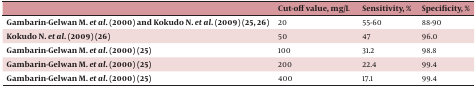
<table><thead><tr><td></td><td><b>Cut-off value, mg/L</b></td><td><b>Sensitivity, %</b></td><td><b>Specificity, %</b></td></tr></thead><tbody><tr><td><b>Gambarin-Gelwan M. <i>et al</i>. (2000) and Kokudo N. <i>et al.</i> (2009) (25, 26)</b></td><td>20</td><td>55-60</td><td>88-90</td></tr><tr><td><b>Kokudo N. <i>et al.</i> (2009) (26)</b></td><td>50</td><td>47</td><td>96.0</td></tr><tr><td><b>Gambarin-Gelwan M. <i>et al.</i> (2000) (25)</b></td><td>100</td><td>31.2</td><td>98.8</td></tr><tr><td><b>Gambarin-Gelwan M. <i>et al.</i> (2000) (25)</b></td><td>200</td><td>22.4</td><td>99.4</td></tr><tr><td><b>Gambarin-Gelwan M. <i>et al.</i> (2000) (25)</b></td><td>400</td><td>17.1</td><td>99.4</td></tr></tbody></table>